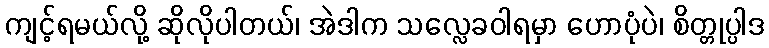
ကျင့်ရမယ်လို့ ဆိုလိုပါတယ်၊ အဲဒါက သလ္လေခဝါရမှာ ဟောပုံပဲ၊ စိတ္တုပ္ပါဒ